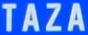
TAZA